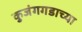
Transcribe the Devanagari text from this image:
कुजंगगडाच्या